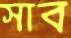
সাব